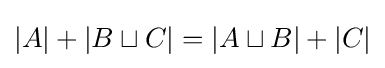
|A|+|B\sqcup C|=|A\sqcup B|+|C|